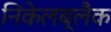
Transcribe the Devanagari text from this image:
निकेलब्लैक